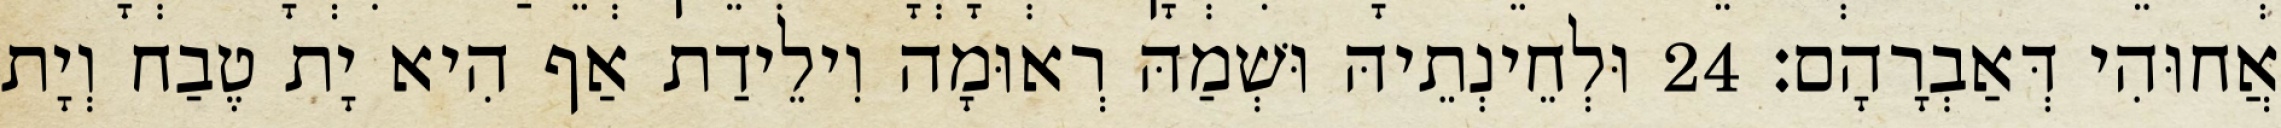
אֲחוּהִי דְּאַבְרָהָם׃ 24 וּלְחֵינְתֵיהּ וּשְׁמַהּ רְאוּמָה וִילֵידַת אַף הִיא יָת טֶבַח וְיָת